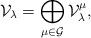
LaTeX: \begin{align*}\mathcal{V}_\lambda = \bigoplus_{\mu\in\mathcal{G}} \mathcal{V}_\lambda^\mu,\end{align*}